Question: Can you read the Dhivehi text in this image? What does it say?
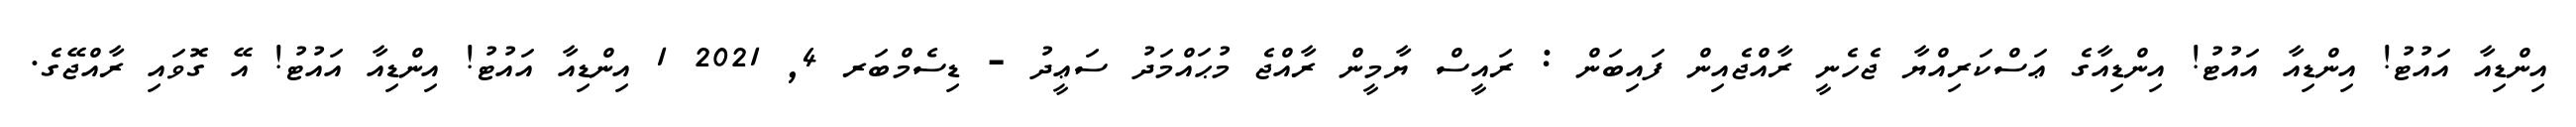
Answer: އިންޑިއާ އައުޓު! އިންޑިއާ އައުޓު! އިންޑިއާގެ ޢަސްކަރިއްޔާ ޖެހެނީ ރާއްޖެއިން ފައިބަން : ރައީސް ޔާމީން ރާއްޖެ މުޙައްމަދު ސަޢީދު - ޑިސެމްބަރ 4, 2021 1 އިންޑިއާ އައުޓު! އިންޑިއާ އައުޓު! އޭ ގޮވައި ރާއްޖޭގެ.